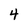
Character: 4